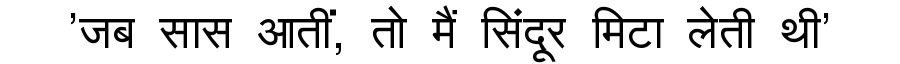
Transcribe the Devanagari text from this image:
'जब सास आतीं, तो मैं सिंदूर मिटा लेती थी'